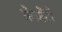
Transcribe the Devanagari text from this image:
सेगमेंटों